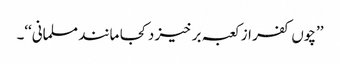
’’چوں کفر از کعبہ بر خیز د کجا مانند مسلمانی‘‘۔